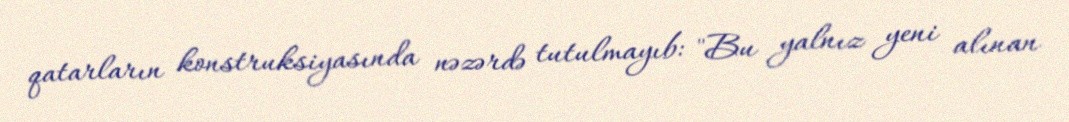
qatarların konstruksiyasında nəzərdə tutulmayıb: "Bu yalnız yeni alınan